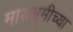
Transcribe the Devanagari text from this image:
मायभूमीच्या